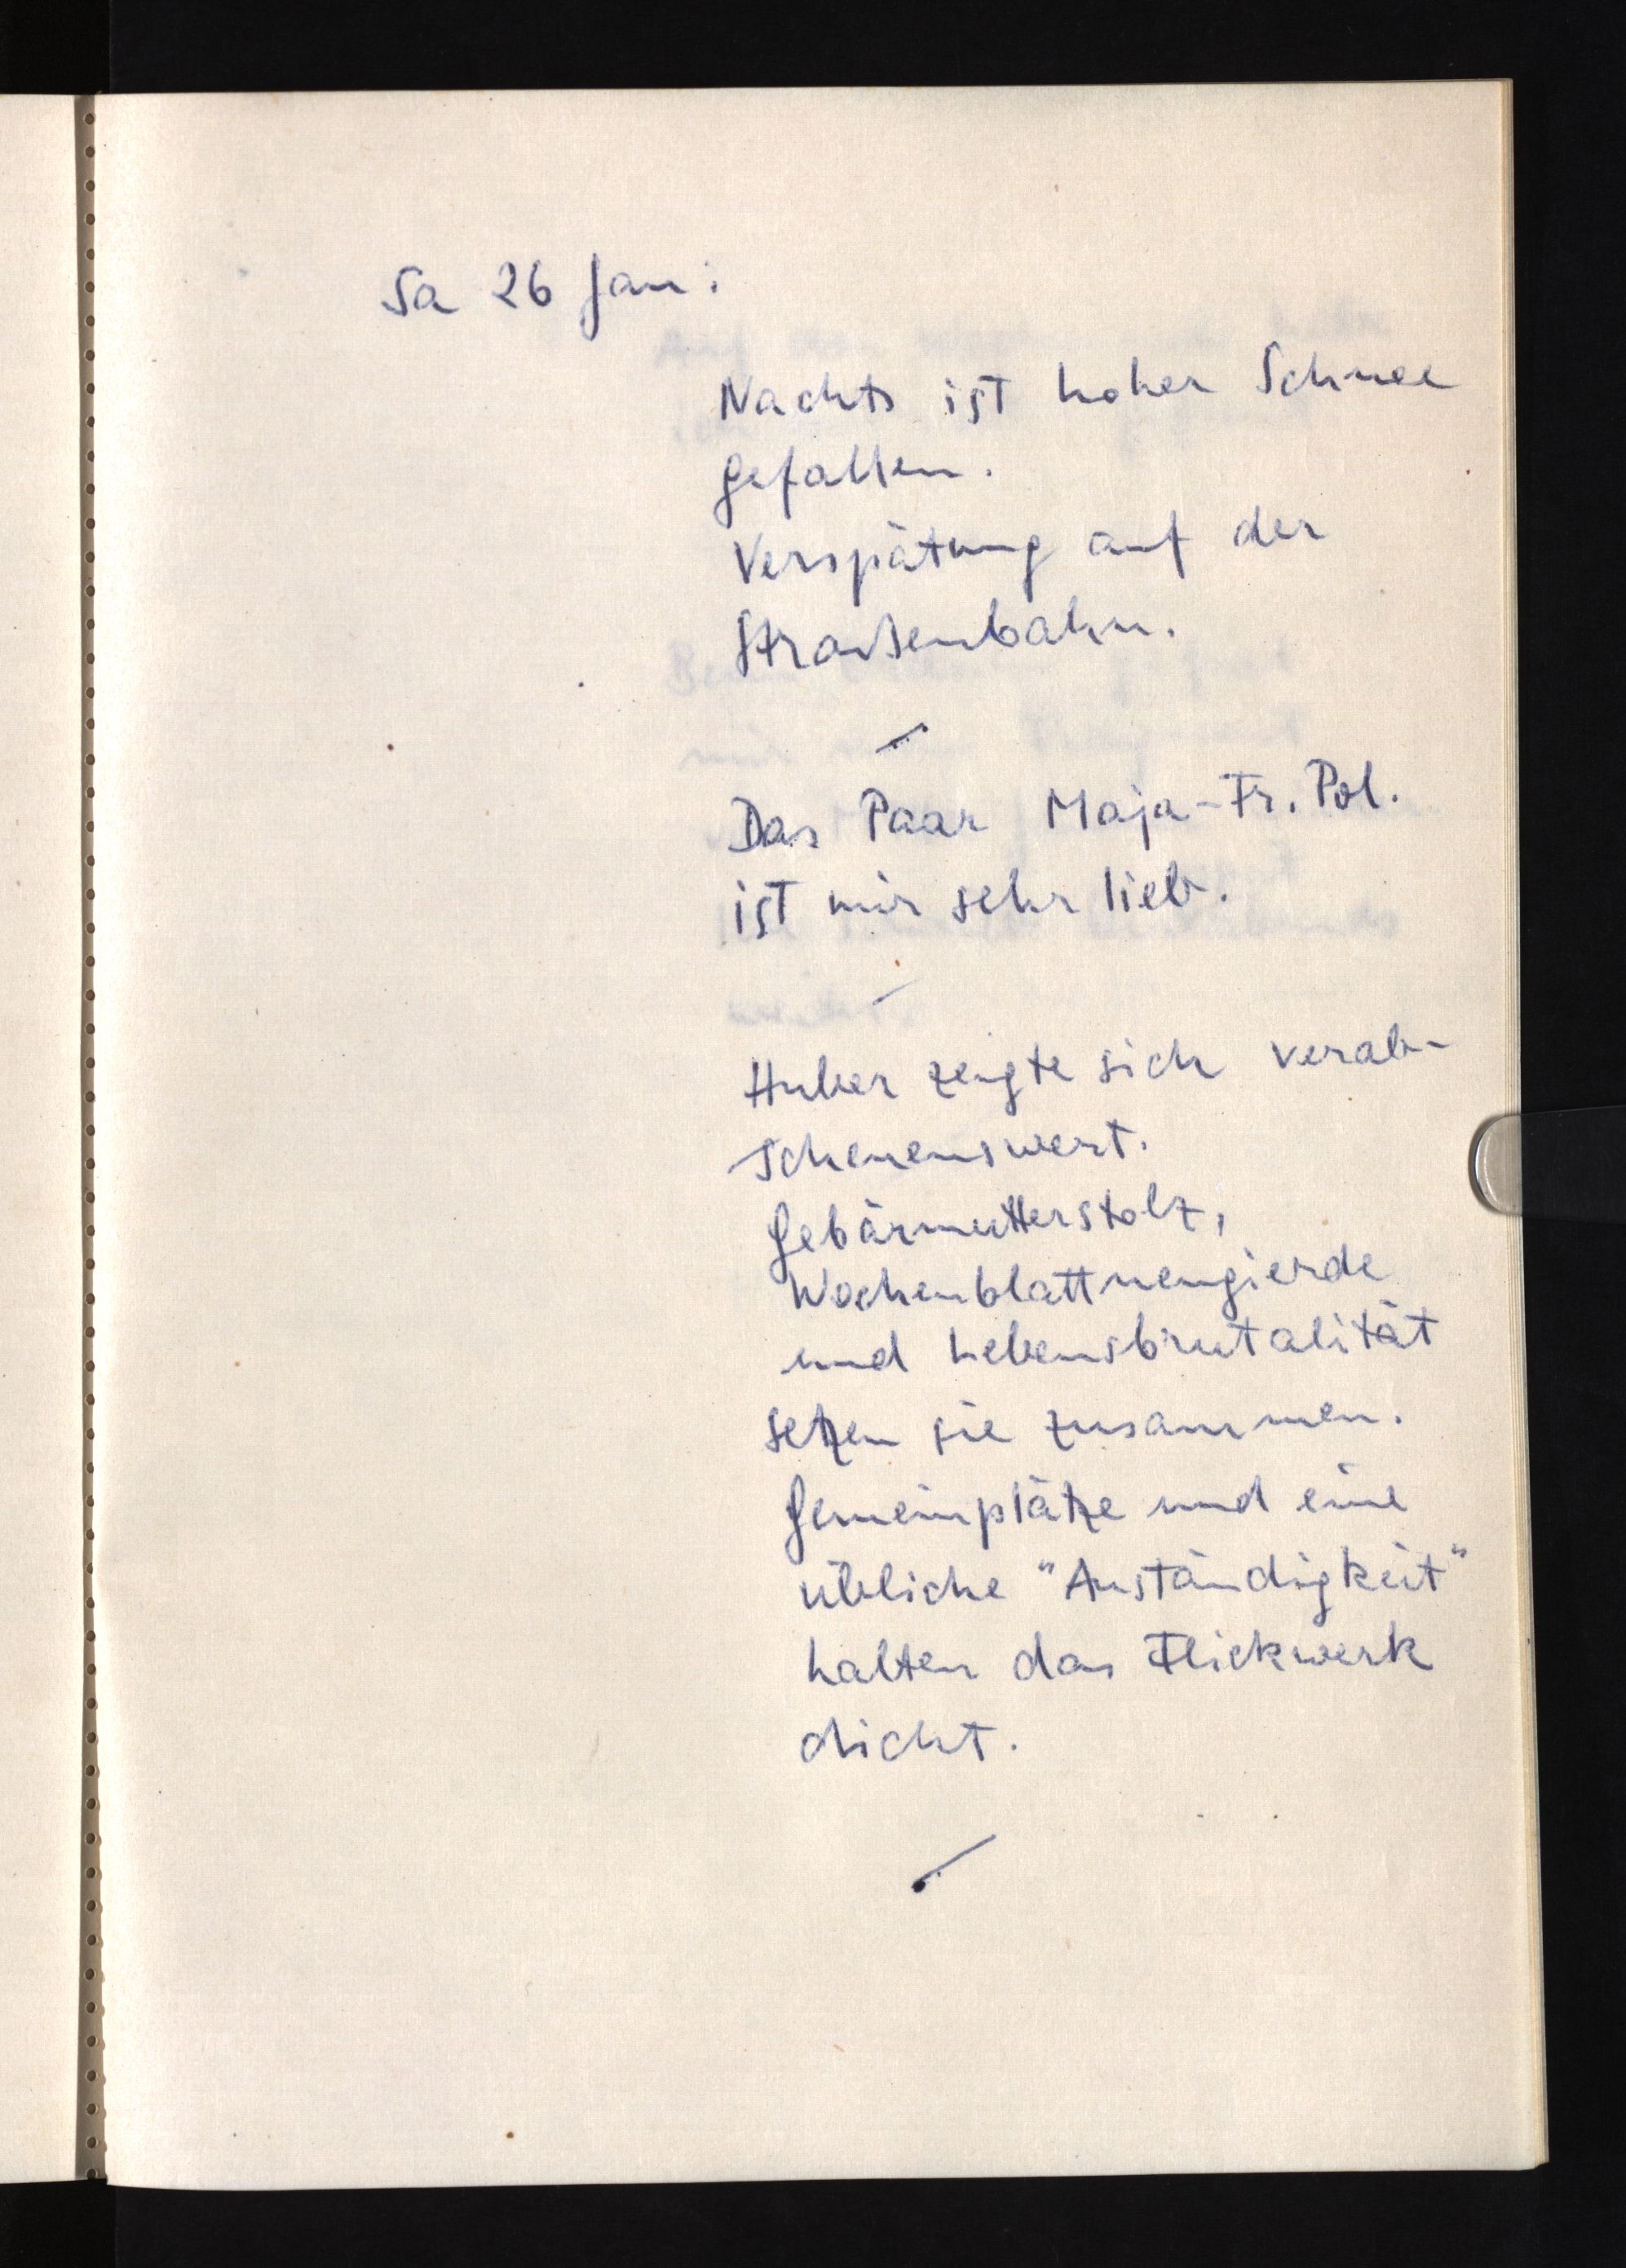
Sa 26 Jan:
Nachts ist hoher Schnee
gefallen.
Verspätung auf der
Straßenbahn.
Das Paar Maja - Fr. Pol.
ist mir sehr lieb.
Huber zeigte sich verab¬
scheuenswert.
Gebärmutterstolz,
Wochenblattneugierde
und Lebensbrutalität
setzen sie zusammen.
Gemeinplätze und eine
übliche "Anständigkeit"
halten das Flickwerk
dicht.